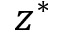
z ^ { * }